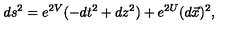
d s ^ { 2 } = e ^ { 2 V } ( - d t ^ { 2 } + d z ^ { 2 } ) + e ^ { 2 U } ( d \vec { x } ) ^ { 2 } ,